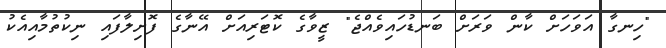
"ހިނގާ އަވަހަށް ކާން ވަރަށް ބަނޑުހައިވެއްޖެ" ޒީވާގެ ކޮޓަރިއަށް އޭނާގެ ފޮށިލާފައި ނިކުތުމާއިއެކު